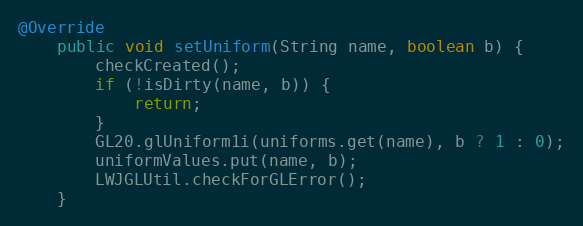
Language: Java
@Override
    public void setUniform(String name, boolean b) {
        checkCreated();
        if (!isDirty(name, b)) {
            return;
        }
        GL20.glUniform1i(uniforms.get(name), b ? 1 : 0);
        uniformValues.put(name, b);
        LWJGLUtil.checkForGLError();
    }